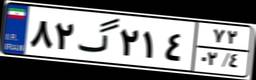
۹۵گ۰۳۲۲۳